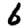
Digit: 6